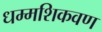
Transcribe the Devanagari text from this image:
धम्मशिकवण